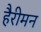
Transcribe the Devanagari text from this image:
हैरीमन